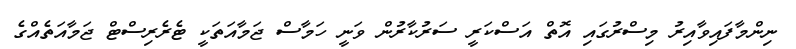
ނިންމާފައިވާއިރު މިސްރުގައި އޮތް އަސްކަރީ ސަރުކާރުން ވަނީ ހަމާސް ޖަމާއަތަކީ ޓެރެރިސްޓް ޖަމާއަތެއްގެ